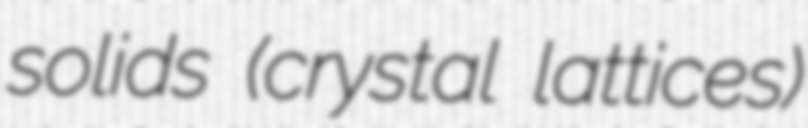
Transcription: solids (crystal lattices)